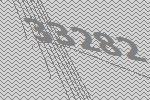
33282